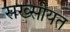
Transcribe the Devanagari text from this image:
सख्सीयत